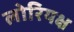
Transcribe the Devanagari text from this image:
लोरियक्ष